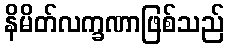
နိမိတ်လက္ခဏာဖြစ်သည်